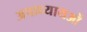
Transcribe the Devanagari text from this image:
अपाध्यायओं